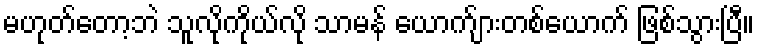
မဟုတ်တော့ဘဲ သူလိုကိုယ်လို သာမန် ယောက်ျားတစ်ယောက် ဖြစ်သွားပြီ။